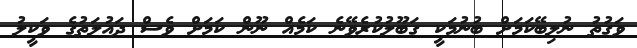
ވަގުތު ނުލިބޭކަމަށް ބުނުމަކީ ގަބޫލުކުރެވޭނެ ކަމެއް ނޫން ކަމަށް ވެސް ދައުލަތުގެ ވަކީލު